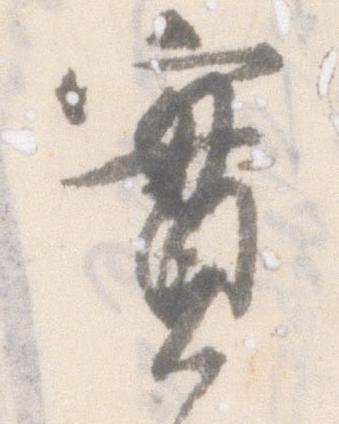
実